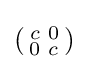
\left({\begin{smallmatrix}c&0\\0&c\end{smallmatrix}}\right)